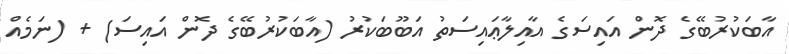
އާބަކުރުބޭގެ ދޮން އައިސަގެ އާއިލާޢައިސަތު އަބޫބަކުރު (އާބަކުރުބޭގެ ދޮން އައިސަ) + (ނަމެއް